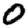
Digit: 0